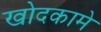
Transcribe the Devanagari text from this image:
खोदकामे